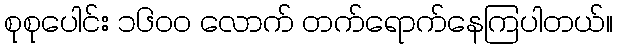
စုစုပေါင်း ၁၆၀၀ လောက် တက်ရောက်နေကြပါတယ်။